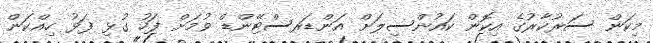
މިކަން ސަރުކާރުގެ އިކޮން ކައުންސިލަށް އަންޑަރސްޓޭންޑް ވުމަށް ފަހު ގުޅި ފަޅު ހިއްކަން